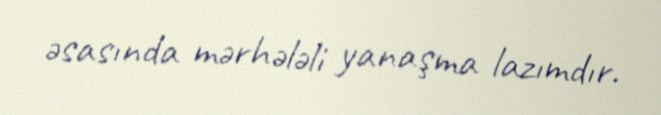
əsasında mərhələli yanaşma lazımdır.